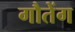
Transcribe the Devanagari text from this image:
गौतेंग